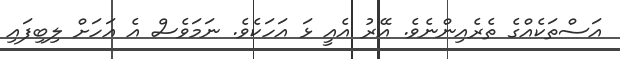
އަސްތަކެއްގެ ތެރެއިންނެވެ. އޭރު އެއީ ޅަ އަހަކެވެ. ނަަމަވެސް އެ އަހަށް ލިބިފައި